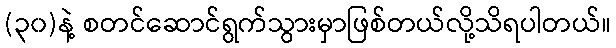
(၃၀)နဲ့ စတင်ဆောင်ရွက်သွားမှာဖြစ်တယ်လို့သိရပါတယ်။